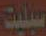
سبليت